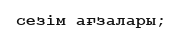
сезім ағзалары;